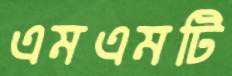
এমএমটি